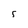
Character: 5